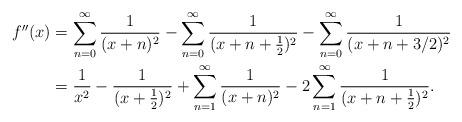
LaTeX: \begin{align*}f''(x) &= \sum_{n=0}^\infty \frac{1}{(x+n)^2} - \sum_{n=0}^\infty\frac{1}{(x+n+\frac12)^2} - \sum_{n=0}^\infty\frac{1}{(x+n+3/2)^2} \\&= \frac{1}{x^2} - \frac{1}{(x+\frac12)^2} + \sum_{n=1}^\infty \frac{1}{(x+n)^2} - 2\sum_{n=1}^\infty \frac{1}{(x+n+\frac12)^2}.\end{align*}